Civil Veterinary Department. United Provinces 1912-22 - 1912-1922
Year: 1912
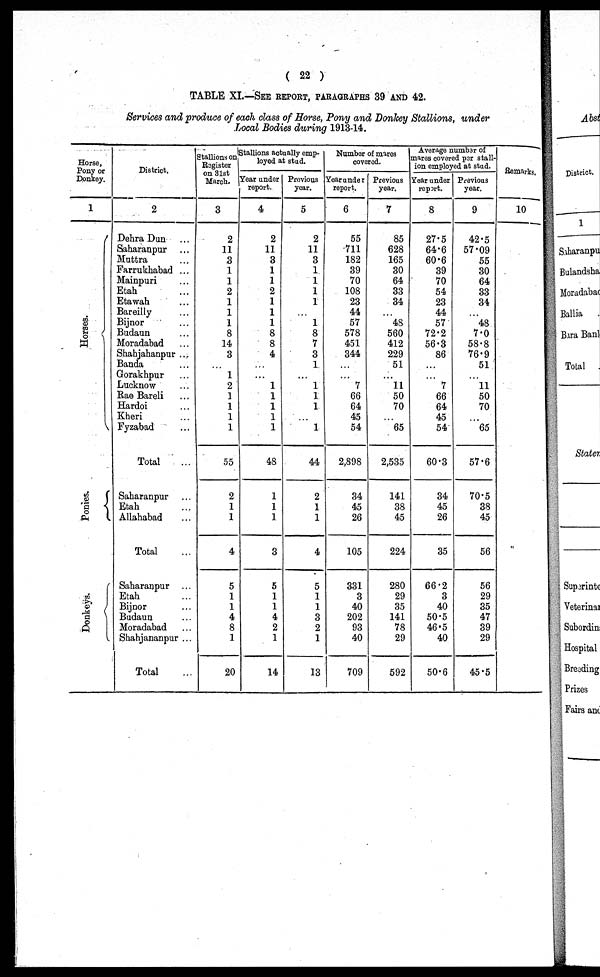
(22)
TABLE XI.—SEE REPORT, PARAGRAPHS 39 AND 42.
Services and produce of each class of Horse, Pony and Donkey Stallions, under
Local Bodies during 1913-14.
Horse,
Pony or
Donkey.
1
Hor s es .
Ponies.
Donkeys.
District.
2
Dehra Dun ...
Saharanpur ...
Muttra ...
Farrukhabad ...
Mainpuri ...
Etah ...
Etawah ...
Bareilly ...
Bijnor ...
Budaun ...
Moradabad ...
Shahjahanpur ...
Banda ...
Gorakhpur ...
Lucknow ...
Rae Bareli ...
Hardoi ...
Kheri ...
Fyzabad ...
Total ...
Saharanpur ...
Etah ...
Allahabad ...
Total ...
Saharanpur ...
Etah ...
Bijnor ...
Budaun ...
Moradabad ...
Shahjananpur ...
Total ...
Stallions on
Register
on 31st
March.
3
2
11
3
1
1
2
1
1
1
8
14
3
...
1
2
1
1
1
1
55
2
1
1
4
5
1
1
4
8
1
20
Stallions actually emp-
loyed at stud.
Year under
report.
4
2
11
3
1
1
2
1
1
1
8
8
4
...
...
1
1
1
1
1
48
1
1
1
3
5
1
1
4
2
1
14
Previous
year.
5
2
11
3
1
1
1
1
...
1
8
7
3
1
...
1
1
1
...
1
44
2
1
1
4
5
1
1
3
2
1
13
Number of mares
covered.
Year under
report.
6
55
711
182
39
70
108
23
44
57
578
451
344
...
7
66
64
45
54
2,898
34
45
26
105
331
3
40
202
93
40
709
Previous
year.
7
85
628
165
30
64
33
34
...
48
560
412
229
51
...
11
50
70
...
65
2,535
141
38
45
224
280
29
35
141
78
29
592
Average number of
mares covered per stall-
ion employed at stud.
Year under
report.
8
27.5
64.6
60.6
39
70
54
23
44
57
72.2
56.3
86
...
...
7
66
64
45
54
60.3
34
45
26
35
66.2
3
40
50.5
46.5
40
50.6
Previous
year.
9
42.5
57.09
55
30
64
33
34
...
48
7.0
58.8
76.9
51
11
50
70
...
65
57.6
70.5
38
45
56
56
29
35
47
39
29
45.5
Remark
10